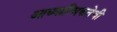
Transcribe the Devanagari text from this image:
आध्यात्मिकतेची